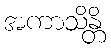
အကာသိန္တိ